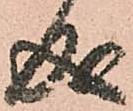
成